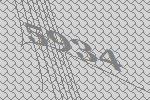
5934